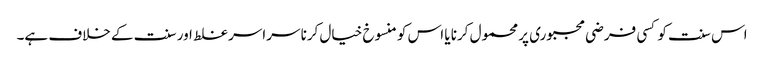
اس سنت کو کسی فرضی مجبوری پر محمول کرنا یا اس کو منسوخ خیال کرنا سراسر غلط اور سنت کے خلاف ہے۔